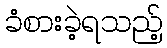
ခံစားခဲ့ရသည့်